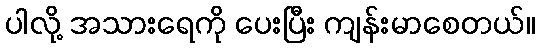
ပါလို့ အသားရေကို ပေးပြီး ကျန်းမာစေတယ်။